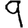
Digit: 9